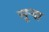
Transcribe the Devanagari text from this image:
सूऱ्या